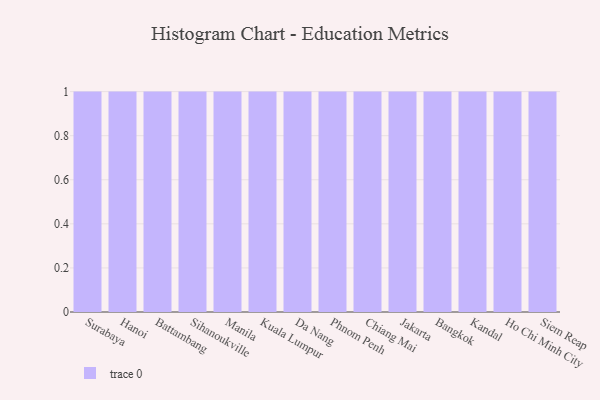
{"axis": {"x": "City", "y": "Satisfaction Score"}, "legend": [""], "data": [{"x": "Surabaya", "y": 73, "type": ""}, {"x": "Hanoi", "y": 7, "type": ""}, {"x": "Battambang", "y": 15, "type": ""}, {"x": "Sihanoukville", "y": 11, "type": ""}, {"x": "Manila", "y": 18, "type": ""}, {"x": "Kuala Lumpur", "y": 29, "type": ""}, {"x": "Da Nang", "y": 92, "type": ""}, {"x": "Phnom Penh", "y": 71, "type": ""}, {"x": "Chiang Mai", "y": 89, "type": ""}, {"x": "Jakarta", "y": 82, "type": ""}, {"x": "Bangkok", "y": 71, "type": ""}, {"x": "Kandal", "y": 71, "type": ""}, {"x": "Ho Chi Minh City", "y": 19, "type": ""}, {"x": "Siem Reap", "y": 76, "type": ""}]}